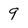
Character: 9